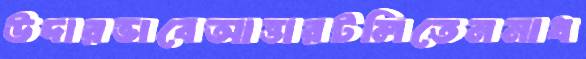
উদারভাবেআত্তারটলিতেনমাধ